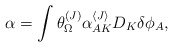
\begin{align*}\alpha=\int \theta^{(J)}_{\Omega}\alpha_{AK}^{\langle J\rangle}D_K\delta\phi_A,\end{align*}